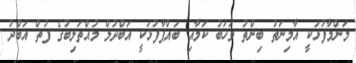
މަންމާފުޅަކީ އާމިނަތު ބިންތު ވަހަބު ކަމާއި ބައްޕާފުޅަކީ އަބްދުލް މުއްތަލިބުގެ ފުތް އަބްދު